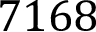
7 1 6 8